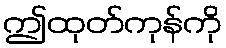
ဤထုတ်ကုန်ကို